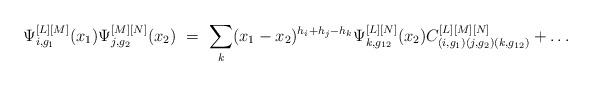
LaTeX: \begin{align*} \Psi_{i,g_1}^{[L][M]}(x_1) \Psi_{j,g_2}^{[M][N]}(x_2) \ =\ \sum_k (x_1-x_2)^{h_i+h_j-h_k} \Psi_{k,g_{12}}^{[L][N]}(x_2) C_{(i,g_1) (j,g_2) (k,g_{12})}^{[L][M][N]} + \dots\end{align*}